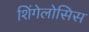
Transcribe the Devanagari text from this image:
शिंगेलोसिस